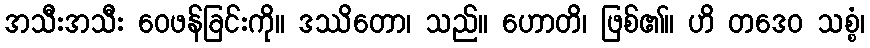
အသီးအသီး ဝေဖန်ခြင်းကို။ ဒဿိတော၊ သည်။ ဟောတိ၊ ဖြစ်၏။ ဟိ တဒေဝ သစ္စံ၊